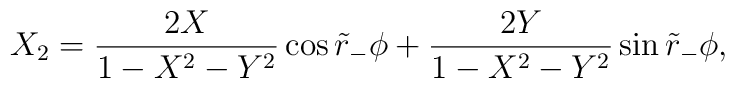
X_2 = {2 X  \over 1-X^2-Y^2 }\cos \tilde r_- \phi + {2 Y \over  1-X^2-Y^2 } \sin \tilde r_- \phi,